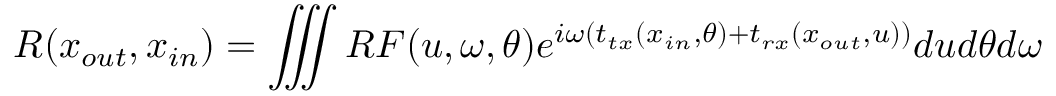
R ( x _ { o u t } , x _ { i n } ) = \iiint { R F ( u , \omega , \theta ) e ^ { i \omega \left( t _ { t x } ( x _ { i n } , \theta ) + t _ { r x } ( x _ { o u t } , u ) \right) } } d u d \theta d \omega